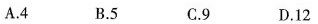
A.4 B.5 C.9 D.12